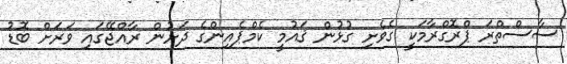
ސާސްތްރަ ޕްރޮގްރާމަކީ ގެވެށި ގުޅުން ޤައުމީ ކެމްޕެއިންގެ ދަށުން ރާއްޖޭގައި ވަރަށް ބޮޑު